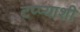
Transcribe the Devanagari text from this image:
टप्प्याशी